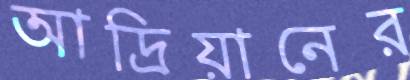
আদ্রিয়ানের